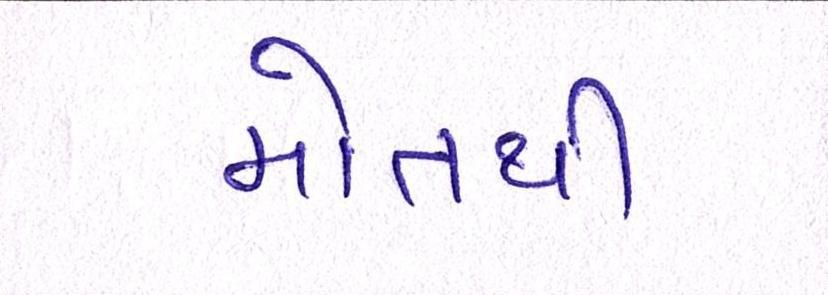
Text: મોતથી